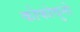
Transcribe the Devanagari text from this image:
कोफोवुनो